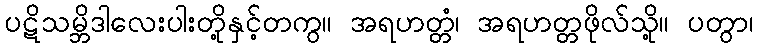
ပဋိသမ္ဘိဒါလေးပါးတို့နှင့်တကွ။ အရဟတ္တံ၊ အရဟတ္တဖိုလ်သို့။ ပတွာ၊